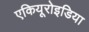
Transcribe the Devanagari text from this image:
एकियूरोइडिया